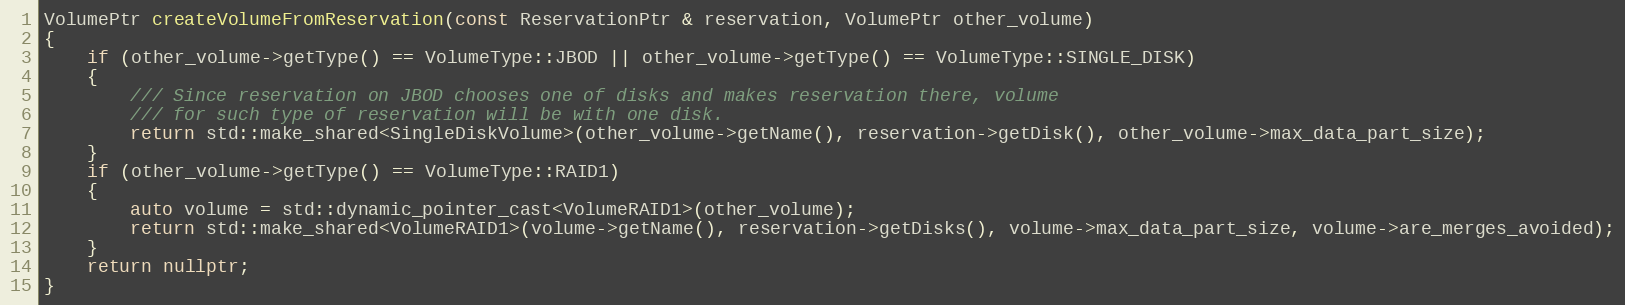
Language: C++
VolumePtr createVolumeFromReservation(const ReservationPtr & reservation, VolumePtr other_volume)
{
    if (other_volume->getType() == VolumeType::JBOD || other_volume->getType() == VolumeType::SINGLE_DISK)
    {
        /// Since reservation on JBOD chooses one of disks and makes reservation there, volume
        /// for such type of reservation will be with one disk.
        return std::make_shared<SingleDiskVolume>(other_volume->getName(), reservation->getDisk(), other_volume->max_data_part_size);
    }
    if (other_volume->getType() == VolumeType::RAID1)
    {
        auto volume = std::dynamic_pointer_cast<VolumeRAID1>(other_volume);
        return std::make_shared<VolumeRAID1>(volume->getName(), reservation->getDisks(), volume->max_data_part_size, volume->are_merges_avoided);
    }
    return nullptr;
}